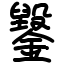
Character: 䥣